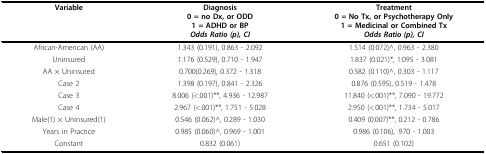
| Variable | Diagnosis0 = no Dx, or ODD1 = ADHD or BPOdds Ratio (p), CI | Treatment0 = No Tx, or Psychotherapy Only1 = Medicinal or Combined TxOdds Ratio (p), CI |
 | --- | --- | --- |
 | African-American (AA) | 1.343 (0.191), 0.863 - 2.092 | 1.514 (0.072)^, 0.963 - 2.380 |
 | Uninsured | 1.176 (0.529), 0.710 - 1.947 | 1.837 (0.021)*, 1.095 - 3.081 |
 | AA × Uninsured | 0.700(0.269), 0.372 - 1.318 | 0.582 (0.110)^, 0.303 - 1.117 |
 | Case 2 | 1.398 (0.197), 0.841 - 2.326 | 0.876 (0.595), 0.519 - 1.478 |
 | Case 3 | 8.006 (<.001)**, 4.936 - 12.987 | 11.840 (<.001)**, 7.090 - 19.772 |
 | Case 4 | 2.967 (<.001)**, 1.751 - 5.028 | 2.950 (<.001)**, 1.734 - 5.017 |
 | Male(1) × Uninsured(1) | 0.546 (0.062)^, 0.289 - 1.030 | 0.409 (0.007)**, 0.212 - 0.786 |
 | Years in Practice | 0.985 (0.060)^, 0.969 - 1.001 | 0.986 (0.106), .970 - 1.003 |
 | Constant | 0.832 (0.061) | 0.651 (0.102) |